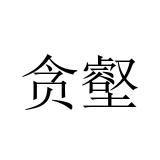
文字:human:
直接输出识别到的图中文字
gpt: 贪壑